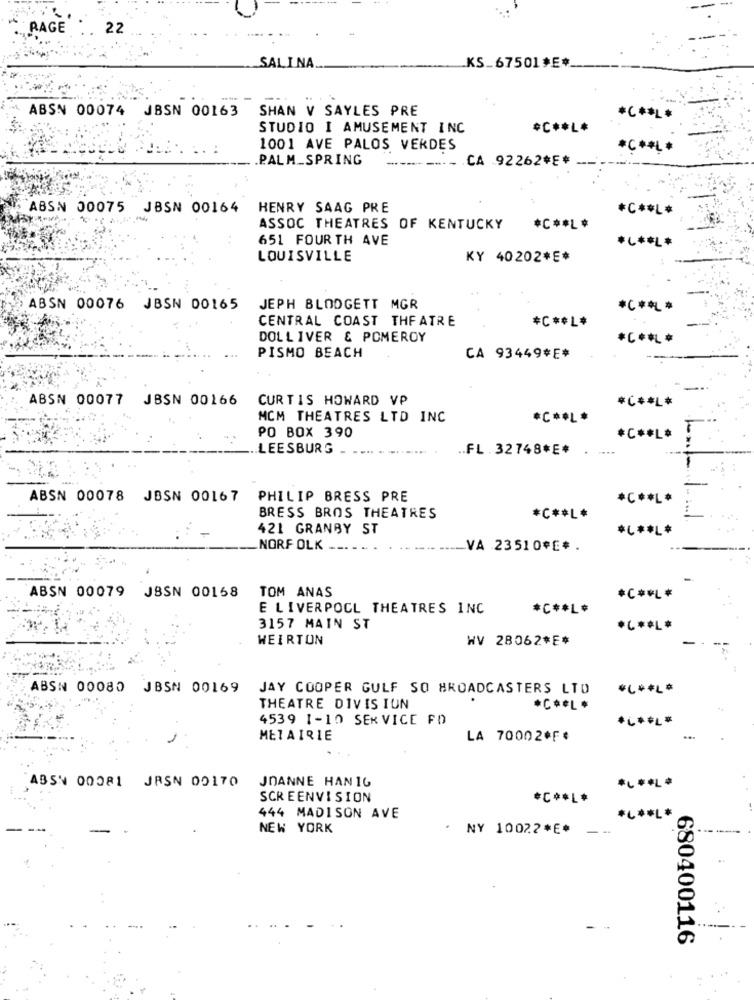
RAGE . 22
SALINA ..
KS_67501*E *_
--
SHAN V SAYLES PRE
ABSN 00074 JBSN 00163
******
STUDIO I AMUSEMENT INC
*C ** L*
.. :
1001 AVE PALOS VERDES
******
PALM_SPRING
.CA 92262*E* ---
ABSN 00075 JBSN 00164
HENRY SAAG PRE
*C ** L*
ASSOC THEATRES OF KENTUCKY
*C ** L*
651 FOUR TH AVE
*.***
LOUISVILLE
KY 40202*E*
ABSN 00076 JBSN 00165
JEPH BLODGETT MGR
*C ** *
CENTRAL COAST THEATRE
*C ** L*
DOLLIVER & POMEROY
*C ***
PISMO BEACH
CA 93449*E*
ABSN 00077 JBSN 00166
CURTIS HOWARD VP
*C ***
MCM THEATRES LTD INC
*C ** L *
PO BOX 390
*C ** L*
LEESBURG
.. FL. 32748*E* . ....
1
ABSN 00078 JBSN 00167 PHILIP BRESS PRE
*C ** L*
BRESS BROS THEATRES
*C ** L*
421 GRANBY ST
*C ** L*
NORFOLK -
VA 23510*E *.
ABSN 00079 JBSN 00158
TOM ANAS
*C ** L*
E LIVERPOCL THEATRES INC
*C ** L*
3157 MAIN ST
*C ** L*
WEIRTON
WV 28062*E*
ABSN 00080 JBSN 00169
JAY COOPER GULF SO BROADCASTERS LTD
**** L*
THEATRE DIVIS IUN
*C ** L *
4539 1-10 SERVICE FD
*C ** L*
METAIRIE
LA 70002*F¢
...
ABSN 00081 JRSN 00170
JOANNE HAN 16
SCREENVISION
*C ** L*
444 MADISON AVE
*C ** L*
NEW YORK
* NY 10022*E*
- -.
680400116